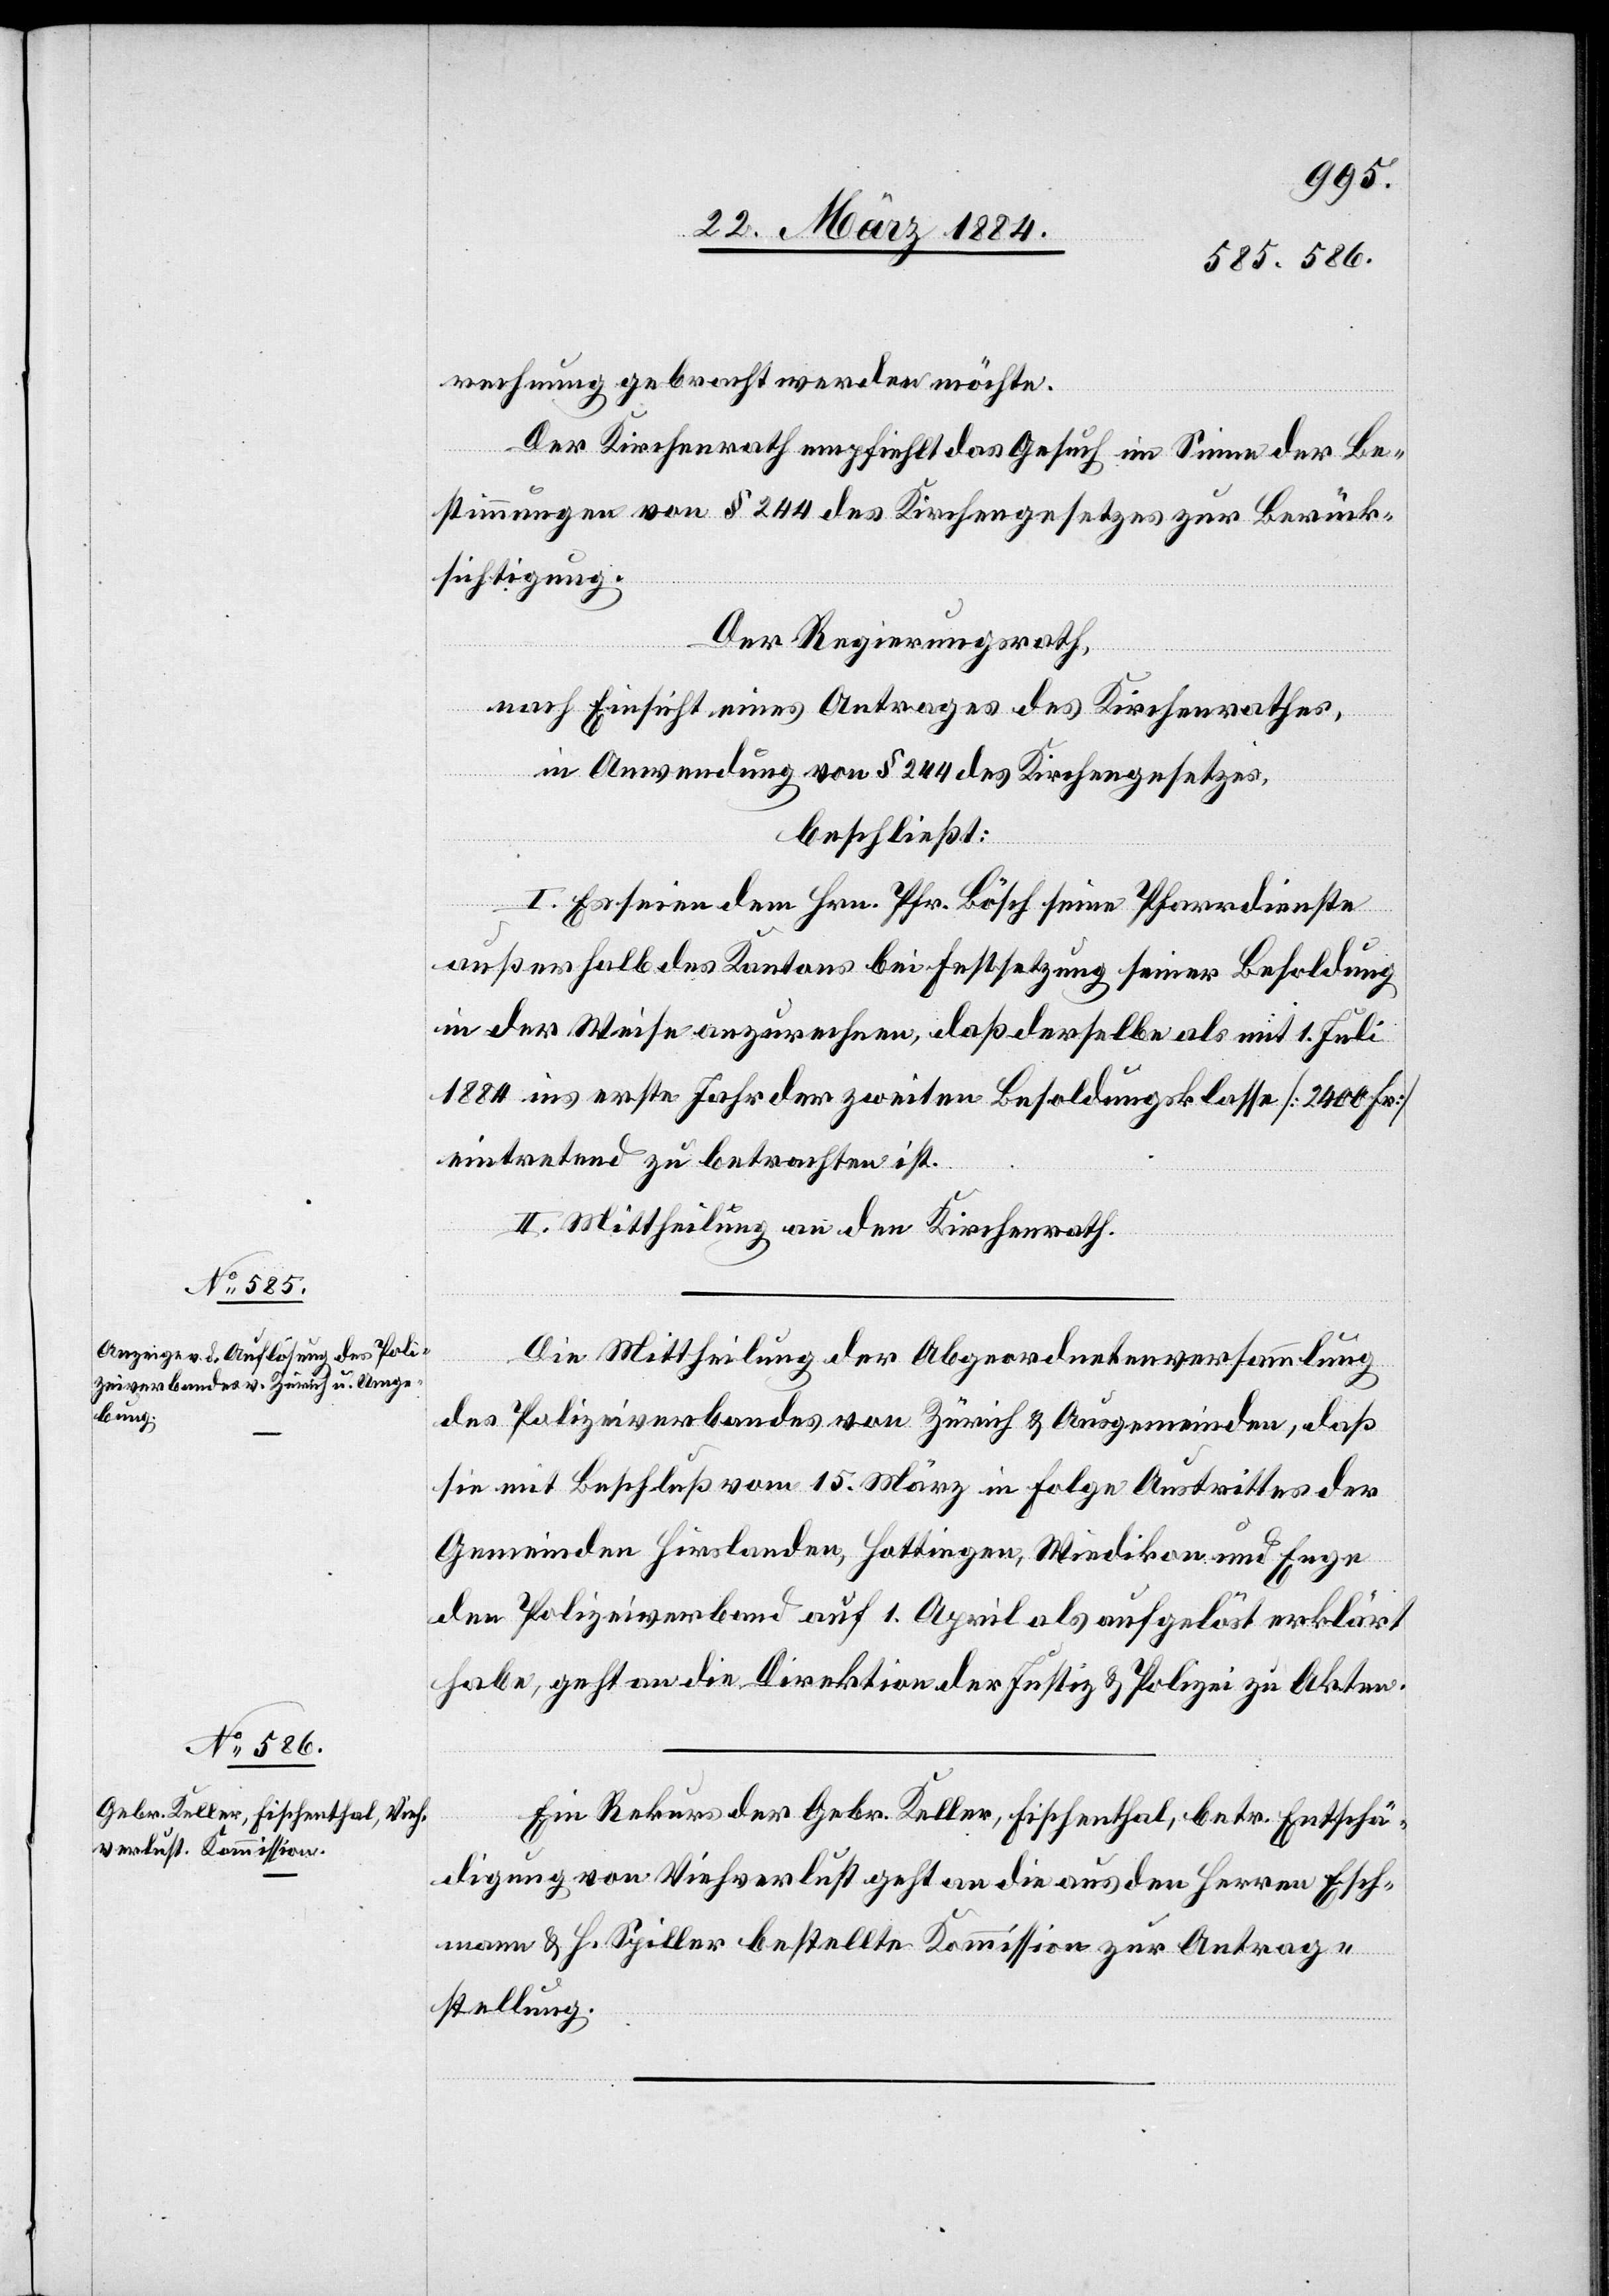
rechnung gebracht werden möchte.
Der Kirchenrath empfiehlt das Gesuch im Sinne der Be¬
stimmungen von § 244 des Kirchengesetzes zur Berück¬
sichtigung.
Der Regierungsrath,
nach Einsicht eines Antrages des Kirchenrathes,
in Anwendung von § 244 des Kirchengesetzes,
beschließt:
I. Es seien dem Hrn. Pfr. Bösch seine Pfarrdienste
außerhalb des Kantons bei Festsetzung seiner Besoldung
in der Weise anzurechnen, daß derselbe als mit 1. Juli
1884 ins erste Jahr der zweiten Besoldungsklasse [2400 Fr.]
eintretend zu betrachten ist.
II. Mittheilung an den Kirchenrath.
Die Mittheilung der Abgeordnetenversammlung
des Polizeiverbandes von Zürich & Ausgemeinden, daß
sie mit Beschluß vom 15. März in Folge Austrittes der
Gemeinden Hirslanden, Hottingen, Wiedikon und Enge
den Polizeiverband auf 1. April als aufgelöst erklärt
habe, geht an die Direktion der Justiz & Polizei zu Akten.
Ein Rekurs der Gebr. Keller, Fischenthal, betr. Entschä¬
digung von Viehverlust geht an die aus den Herren Esch¬
mann & H. Spiller bestellte Kommission zur Antrag¬
stellung.